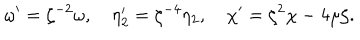
LaTeX: \omega ^ { \prime } = \zeta ^ { - 2 } \omega , \quad \eta _ { 2 } ^ { \prime } = \zeta ^ { - 4 } \eta _ { 2 } , \quad \chi ^ { \prime } = \zeta ^ { 2 } \chi - 4 \mu \zeta .